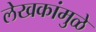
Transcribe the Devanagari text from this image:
लेखकांमुळे